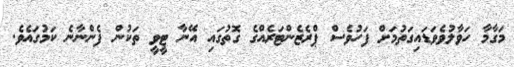
މަގާމާ ހަވާލުވެވަޑައިގަތުމަށް ފަހުވެސް ޕްރެޒެންޓަރެއްގެ ގޮތުގައި އޭނާ ޓީވީ ތަކުން ފެންނާނެ ކަމުގައެވެ.